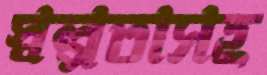
স্বল্পতাসহ